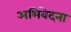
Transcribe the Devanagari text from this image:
अभिवेदना